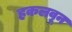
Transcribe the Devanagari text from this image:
हकलवून